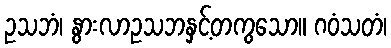
ဥသဘံ၊ နွားလာဥသဘနှင့်တကွသော။ ဂဝံသတံ၊